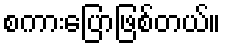
စကားပြောဖြစ်တယ်။